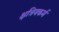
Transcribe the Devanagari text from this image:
क्षत्रियकर्म